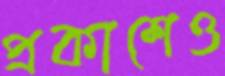
প্রকাশেও